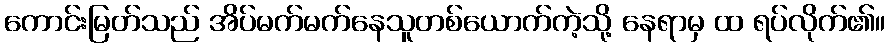
ကောင်းမြတ်သည် အိပ်မက်မက်နေသူတစ်ယောက်ကဲ့သို့ နေရာမှ ထ ရပ်လိုက်၏။